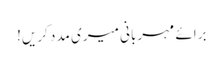
برائے مہربانی میری مدد کریں!